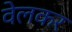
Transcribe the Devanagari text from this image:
वेलकर